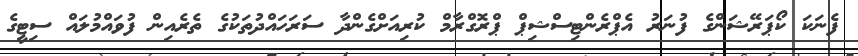
ފެނަކަ ކޯޕަރޭޝަންގެ ފުނަރު އެޕްރެންޓިސްޝިޕް ޕްރޮގްރާމް ކުރިއަށްގެންދާ ސަރަހައްދުތަކުގެ ތެރެއިން ފުވައްމުލައް ސިޓީގެ